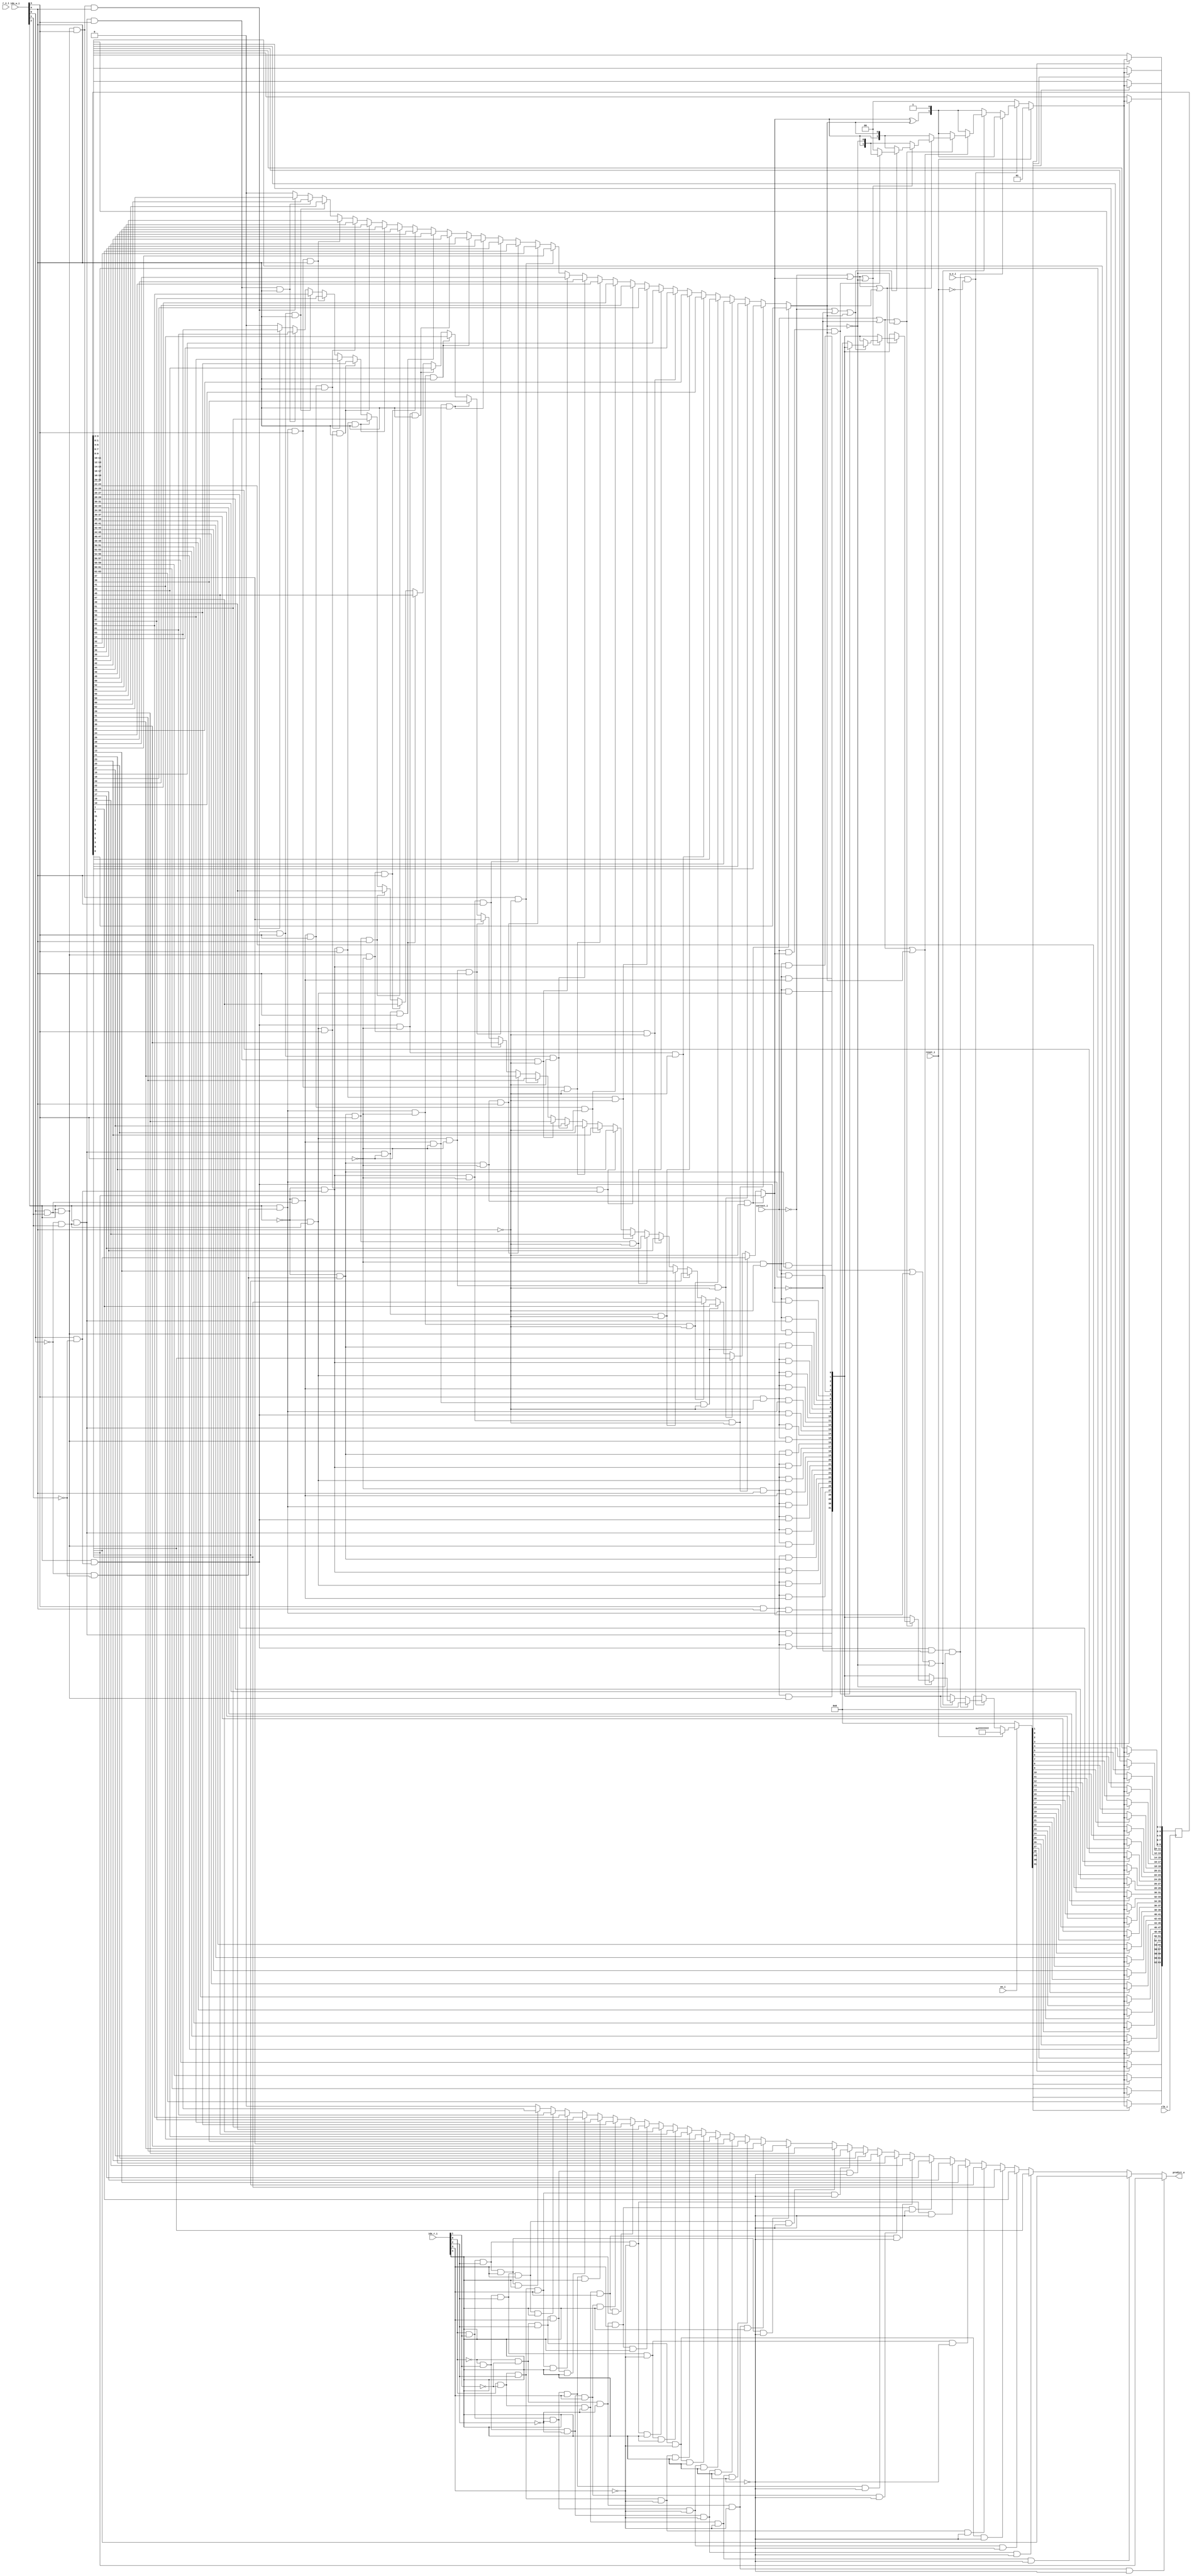
// This program was cloned from: https://github.com/NYU-MLDA/OpenABC
// License: BSD 3-Clause "New" or "Revised" License

module bp_fe_bht_bht_indx_width_p5
(
  clk_i,
  en_i,
  reset_i,
  idx_r_i,
  idx_w_i,
  r_v_i,
  w_v_i,
  correct_i,
  predict_o
);

  input [4:0] idx_r_i;
  input [4:0] idx_w_i;
  input clk_i;
  input en_i;
  input reset_i;
  input r_v_i;
  input w_v_i;
  input correct_i;
  output predict_o;
  wire predict_o,N0,N1,N2,N3,N4,N5,N6,N7,N8,N9,N10,N11,N12,N13,N14,N15,N16,N17,N18,N19,
  N20,N21,N22,N23,N24,N25,N26,N27,N28,N29,N30,N31,N32,N33,N34,N35,N36,N37,N38,N39,
  N40,N41,N42,N43,N44,N45,N46,N47,N48,N49,N50,N51,N52,N53,N54,N55,N56,N57,N58,N59,
  N60,N61,N62,N63,N64,N65,N66,N67,N68,N69,N70,N71,N72,N73,N74,N75,N76,N77,N78,N79,
  N80,N81,N82,N83,N84,N85,N86,N87,N88,N89,N90,N91,N92,N93,N94,N95,N96,N97,N98,N99,
  N100,N101,N102,N103,N104,N105,N106,N107,N108,N109,N110,N111,N112,N113,N114,N115,
  N116,N117,N118,N119,N120,N121,N122,N123,N124,N125,N126,N127,N128,N129,N130,N131,
  N132,N133,N134,N135,N136,N137,N138,N139,N140,N141,N142,N143,N144,N145,N146,N147,
  N148,N149,N150,N151,N152,N153,N154,N155,N156,N157,N158,N159,N160,N161,N162,N163,
  N164,N165,N166,N167,N168,N169,N170,N171,N172,N173,N174,N175,N176,N177,N178,N179,
  N180,N181,N182,N183,N184,N185,N186,N187,N188,N189,N190,N191,N192,N193,N194,N195,
  N196,N197,N198,N199,N200,N201,N202,N203,N204,N205,N206,N207,N208,N209,N210,N211,
  N212,N213,N214,N215,N216,N217,N218,N219,N220,N221,N222,N223,N224,N225,N226,N227,
  N228,N229,N230,N231,N232,N233,N234,N235,N236,N237,N238,N239,N240,N241,N242,N243,
  N244,N245,N246,N247,N248,N249,N250,N251,N252,N253,N254,N255,N256,N257,N258,N259,
  N260,N261,N262,N263,N264,N265,N266,N267,N268,N269,N270,N271,N272,N273,N274,N275,
  N276,N277,N278,N279,N280,N281,N282,N283,N284,N285,N286,N287,N288,N289,N290,N291,
  N292,N293,N294,N295,N296,N297,N298,N299,N300,N301,N302,N303,N304,N305,N306,N307,
  N308,N309,N310,N311,N312,N313,N314,N315,N316,N317,N318,N319,N320,N321,N322,N323,
  N324,N325,N326,N327,N328,N329,N330,N331,N332,N333,N334,N335,N336,N337,N338,N339,
  N340,N341,N342,N343,N344,N345,N346,N347,N348,N349,N350,N351,N352,N353,N354,N355,
  N356,N357,N358,N359,N360,N361,N362,N363,N364,N365,N366,N367,N368,N369,N370,N371,
  N372,N373,N374,N375,N376,N377,N378,N379,N380,N381,N382,N383,N384,N385,N386,N387,
  N388,N389,N390,N391,N392,N393,N394,N395,N396,N397,N398,N399,N400,N401,N402,N403,
  N404,N405,N406,N407,N408,N409,N410,N411,N412,N413;
  reg [63:0] mem;
  assign predict_o = (N52)? mem[1] :
                     (N54)? mem[3] :
                     (N56)? mem[5] :
                     (N58)? mem[7] :
                     (N60)? mem[9] :
                     (N62)? mem[11] :
                     (N64)? mem[13] :
                     (N66)? mem[15] :
                     (N68)? mem[17] :
                     (N70)? mem[19] :
                     (N72)? mem[21] :
                     (N74)? mem[23] :
                     (N76)? mem[25] :
                     (N78)? mem[27] :
                     (N80)? mem[29] :
                     (N82)? mem[31] :
                     (N53)? mem[33] :
                     (N55)? mem[35] :
                     (N57)? mem[37] :
                     (N59)? mem[39] :
                     (N61)? mem[41] :
                     (N63)? mem[43] :
                     (N65)? mem[45] :
                     (N67)? mem[47] :
                     (N69)? mem[49] :
                     (N71)? mem[51] :
                     (N73)? mem[53] :
                     (N75)? mem[55] :
                     (N77)? mem[57] :
                     (N79)? mem[59] :
                     (N81)? mem[61] :
                     (N83)? mem[63] : 1'b0;
  assign N87 = (N147)? mem[1] :
               (N148)? mem[3] :
               (N149)? mem[5] :
               (N150)? mem[7] :
               (N151)? mem[9] :
               (N152)? mem[11] :
               (N153)? mem[13] :
               (N154)? mem[15] :
               (N155)? mem[17] :
               (N156)? mem[19] :
               (N157)? mem[21] :
               (N158)? mem[23] :
               (N159)? mem[25] :
               (N160)? mem[27] :
               (N161)? mem[29] :
               (N162)? mem[31] :
               (N123)? mem[33] :
               (N125)? mem[35] :
               (N127)? mem[37] :
               (N129)? mem[39] :
               (N131)? mem[41] :
               (N133)? mem[43] :
               (N135)? mem[45] :
               (N137)? mem[47] :
               (N272)? mem[49] :
               (N274)? mem[51] :
               (N276)? mem[53] :
               (N278)? mem[55] :
               (N280)? mem[57] :
               (N282)? mem[59] :
               (N284)? mem[61] :
               (N286)? mem[63] : 1'b0;
  assign N88 = (N147)? mem[0] :
               (N148)? mem[2] :
               (N149)? mem[4] :
               (N150)? mem[6] :
               (N151)? mem[8] :
               (N152)? mem[10] :
               (N153)? mem[12] :
               (N154)? mem[14] :
               (N155)? mem[16] :
               (N156)? mem[18] :
               (N157)? mem[20] :
               (N158)? mem[22] :
               (N159)? mem[24] :
               (N160)? mem[26] :
               (N161)? mem[28] :
               (N162)? mem[30] :
               (N123)? mem[32] :
               (N125)? mem[34] :
               (N127)? mem[36] :
               (N129)? mem[38] :
               (N131)? mem[40] :
               (N133)? mem[42] :
               (N135)? mem[44] :
               (N137)? mem[46] :
               (N272)? mem[48] :
               (N274)? mem[50] :
               (N276)? mem[52] :
               (N278)? mem[54] :
               (N280)? mem[56] :
               (N282)? mem[58] :
               (N284)? mem[60] :
               (N286)? mem[62] : 1'b0;
  assign N92 = N89 & N90;
  assign N93 = N92 & N91;
  assign N94 = correct_i | N87;
  assign N95 = N94 | N91;
  assign N97 = correct_i | N90;
  assign N98 = N97 | N88;
  assign N100 = N97 | N91;
  assign N102 = N89 | N87;
  assign N103 = N102 | N88;
  assign N105 = N102 | N91;
  assign N107 = N89 | N90;
  assign N108 = N107 | N88;
  assign N110 = correct_i & N87;
  assign N111 = N110 & N88;
  assign N146 = (N122)? mem[1] :
                (N124)? mem[3] :
                (N126)? mem[5] :
                (N128)? mem[7] :
                (N130)? mem[9] :
                (N132)? mem[11] :
                (N134)? mem[13] :
                (N136)? mem[15] :
                (N138)? mem[17] :
                (N139)? mem[19] :
                (N140)? mem[21] :
                (N141)? mem[23] :
                (N142)? mem[25] :
                (N143)? mem[27] :
                (N144)? mem[29] :
                (N145)? mem[31] :
                (N123)? mem[33] :
                (N125)? mem[35] :
                (N127)? mem[37] :
                (N129)? mem[39] :
                (N131)? mem[41] :
                (N133)? mem[43] :
                (N135)? mem[45] :
                (N137)? mem[47] :
                (N272)? mem[49] :
                (N274)? mem[51] :
                (N276)? mem[53] :
                (N278)? mem[55] :
                (N280)? mem[57] :
                (N282)? mem[59] :
                (N284)? mem[61] :
                (N286)? mem[63] : 1'b0;
  assign N163 = (N147)? mem[0] :
                (N148)? mem[2] :
                (N149)? mem[4] :
                (N150)? mem[6] :
                (N151)? mem[8] :
                (N152)? mem[10] :
                (N153)? mem[12] :
                (N154)? mem[14] :
                (N155)? mem[16] :
                (N156)? mem[18] :
                (N157)? mem[20] :
                (N158)? mem[22] :
                (N159)? mem[24] :
                (N160)? mem[26] :
                (N161)? mem[28] :
                (N162)? mem[30] :
                (N123)? mem[32] :
                (N125)? mem[34] :
                (N127)? mem[36] :
                (N129)? mem[38] :
                (N131)? mem[40] :
                (N133)? mem[42] :
                (N135)? mem[44] :
                (N137)? mem[46] :
                (N272)? mem[48] :
                (N274)? mem[50] :
                (N276)? mem[52] :
                (N278)? mem[54] :
                (N280)? mem[56] :
                (N282)? mem[58] :
                (N284)? mem[60] :
                (N286)? mem[62] : 1'b0;
  assign N205 = (N197)? mem[1] :
                (N198)? mem[3] :
                (N199)? mem[5] :
                (N200)? mem[7] :
                (N201)? mem[9] :
                (N202)? mem[11] :
                (N203)? mem[13] :
                (N204)? mem[15] :
                (N155)? mem[17] :
                (N156)? mem[19] :
                (N157)? mem[21] :
                (N158)? mem[23] :
                (N159)? mem[25] :
                (N160)? mem[27] :
                (N161)? mem[29] :
                (N162)? mem[31] :
                (N256)? mem[33] :
                (N258)? mem[35] :
                (N260)? mem[37] :
                (N262)? mem[39] :
                (N264)? mem[41] :
                (N266)? mem[43] :
                (N268)? mem[45] :
                (N270)? mem[47] :
                (N272)? mem[49] :
                (N274)? mem[51] :
                (N276)? mem[53] :
                (N278)? mem[55] :
                (N280)? mem[57] :
                (N282)? mem[59] :
                (N284)? mem[61] :
                (N286)? mem[63] : 1'b0;
  assign N214 = (N206)? mem[0] :
                (N207)? mem[2] :
                (N208)? mem[4] :
                (N209)? mem[6] :
                (N210)? mem[8] :
                (N211)? mem[10] :
                (N212)? mem[12] :
                (N213)? mem[14] :
                (N138)? mem[16] :
                (N139)? mem[18] :
                (N140)? mem[20] :
                (N141)? mem[22] :
                (N142)? mem[24] :
                (N143)? mem[26] :
                (N144)? mem[28] :
                (N145)? mem[30] :
                (N256)? mem[32] :
                (N258)? mem[34] :
                (N260)? mem[36] :
                (N262)? mem[38] :
                (N264)? mem[40] :
                (N266)? mem[42] :
                (N268)? mem[44] :
                (N270)? mem[46] :
                (N272)? mem[48] :
                (N274)? mem[50] :
                (N276)? mem[52] :
                (N278)? mem[54] :
                (N280)? mem[56] :
                (N282)? mem[58] :
                (N284)? mem[60] :
                (N286)? mem[62] : 1'b0;
  assign N216 = (N206)? mem[1] :
                (N207)? mem[3] :
                (N208)? mem[5] :
                (N209)? mem[7] :
                (N210)? mem[9] :
                (N211)? mem[11] :
                (N212)? mem[13] :
                (N213)? mem[15] :
                (N138)? mem[17] :
                (N139)? mem[19] :
                (N140)? mem[21] :
                (N141)? mem[23] :
                (N142)? mem[25] :
                (N143)? mem[27] :
                (N144)? mem[29] :
                (N145)? mem[31] :
                (N256)? mem[33] :
                (N258)? mem[35] :
                (N260)? mem[37] :
                (N262)? mem[39] :
                (N264)? mem[41] :
                (N266)? mem[43] :
                (N268)? mem[45] :
                (N270)? mem[47] :
                (N272)? mem[49] :
                (N274)? mem[51] :
                (N276)? mem[53] :
                (N278)? mem[55] :
                (N280)? mem[57] :
                (N282)? mem[59] :
                (N284)? mem[61] :
                (N286)? mem[63] : 1'b0;
  assign N217 = (N206)? mem[0] :
                (N207)? mem[2] :
                (N208)? mem[4] :
                (N209)? mem[6] :
                (N210)? mem[8] :
                (N211)? mem[10] :
                (N212)? mem[12] :
                (N213)? mem[14] :
                (N138)? mem[16] :
                (N139)? mem[18] :
                (N140)? mem[20] :
                (N141)? mem[22] :
                (N142)? mem[24] :
                (N143)? mem[26] :
                (N144)? mem[28] :
                (N145)? mem[30] :
                (N256)? mem[32] :
                (N258)? mem[34] :
                (N260)? mem[36] :
                (N262)? mem[38] :
                (N264)? mem[40] :
                (N266)? mem[42] :
                (N268)? mem[44] :
                (N270)? mem[46] :
                (N272)? mem[48] :
                (N274)? mem[50] :
                (N276)? mem[52] :
                (N278)? mem[54] :
                (N280)? mem[56] :
                (N282)? mem[58] :
                (N284)? mem[60] :
                (N286)? mem[62] : 1'b0;
  assign N219 = (N206)? mem[1] :
                (N207)? mem[3] :
                (N208)? mem[5] :
                (N209)? mem[7] :
                (N210)? mem[9] :
                (N211)? mem[11] :
                (N212)? mem[13] :
                (N213)? mem[15] :
                (N138)? mem[17] :
                (N139)? mem[19] :
                (N140)? mem[21] :
                (N141)? mem[23] :
                (N142)? mem[25] :
                (N143)? mem[27] :
                (N144)? mem[29] :
                (N145)? mem[31] :
                (N256)? mem[33] :
                (N258)? mem[35] :
                (N260)? mem[37] :
                (N262)? mem[39] :
                (N264)? mem[41] :
                (N266)? mem[43] :
                (N268)? mem[45] :
                (N270)? mem[47] :
                (N272)? mem[49] :
                (N274)? mem[51] :
                (N276)? mem[53] :
                (N278)? mem[55] :
                (N280)? mem[57] :
                (N282)? mem[59] :
                (N284)? mem[61] :
                (N286)? mem[63] : 1'b0;
  assign N220 = (N206)? mem[0] :
                (N207)? mem[2] :
                (N208)? mem[4] :
                (N209)? mem[6] :
                (N210)? mem[8] :
                (N211)? mem[10] :
                (N212)? mem[12] :
                (N213)? mem[14] :
                (N138)? mem[16] :
                (N139)? mem[18] :
                (N140)? mem[20] :
                (N141)? mem[22] :
                (N142)? mem[24] :
                (N143)? mem[26] :
                (N144)? mem[28] :
                (N145)? mem[30] :
                (N256)? mem[32] :
                (N258)? mem[34] :
                (N260)? mem[36] :
                (N262)? mem[38] :
                (N264)? mem[40] :
                (N266)? mem[42] :
                (N268)? mem[44] :
                (N270)? mem[46] :
                (N272)? mem[48] :
                (N274)? mem[50] :
                (N276)? mem[52] :
                (N278)? mem[54] :
                (N280)? mem[56] :
                (N282)? mem[58] :
                (N284)? mem[60] :
                (N286)? mem[62] : 1'b0;
  assign N222 = (N255)? mem[1] :
                (N257)? mem[3] :
                (N259)? mem[5] :
                (N261)? mem[7] :
                (N263)? mem[9] :
                (N265)? mem[11] :
                (N267)? mem[13] :
                (N269)? mem[15] :
                (N271)? mem[17] :
                (N273)? mem[19] :
                (N275)? mem[21] :
                (N277)? mem[23] :
                (N279)? mem[25] :
                (N281)? mem[27] :
                (N283)? mem[29] :
                (N285)? mem[31] :
                (N256)? mem[33] :
                (N258)? mem[35] :
                (N260)? mem[37] :
                (N262)? mem[39] :
                (N264)? mem[41] :
                (N266)? mem[43] :
                (N268)? mem[45] :
                (N270)? mem[47] :
                (N272)? mem[49] :
                (N274)? mem[51] :
                (N276)? mem[53] :
                (N278)? mem[55] :
                (N280)? mem[57] :
                (N282)? mem[59] :
                (N284)? mem[61] :
                (N286)? mem[63] : 1'b0;
  assign N223 = (N255)? mem[0] :
                (N257)? mem[2] :
                (N259)? mem[4] :
                (N261)? mem[6] :
                (N263)? mem[8] :
                (N265)? mem[10] :
                (N267)? mem[12] :
                (N269)? mem[14] :
                (N271)? mem[16] :
                (N273)? mem[18] :
                (N275)? mem[20] :
                (N277)? mem[22] :
                (N279)? mem[24] :
                (N281)? mem[26] :
                (N283)? mem[28] :
                (N285)? mem[30] :
                (N256)? mem[32] :
                (N258)? mem[34] :
                (N260)? mem[36] :
                (N262)? mem[38] :
                (N264)? mem[40] :
                (N266)? mem[42] :
                (N268)? mem[44] :
                (N270)? mem[46] :
                (N272)? mem[48] :
                (N274)? mem[50] :
                (N276)? mem[52] :
                (N278)? mem[54] :
                (N280)? mem[56] :
                (N282)? mem[58] :
                (N284)? mem[60] :
                (N286)? mem[62] : 1'b0;
  assign N287 = (N255)? mem[1] :
                (N257)? mem[3] :
                (N259)? mem[5] :
                (N261)? mem[7] :
                (N263)? mem[9] :
                (N265)? mem[11] :
                (N267)? mem[13] :
                (N269)? mem[15] :
                (N271)? mem[17] :
                (N273)? mem[19] :
                (N275)? mem[21] :
                (N277)? mem[23] :
                (N279)? mem[25] :
                (N281)? mem[27] :
                (N283)? mem[29] :
                (N285)? mem[31] :
                (N256)? mem[33] :
                (N258)? mem[35] :
                (N260)? mem[37] :
                (N262)? mem[39] :
                (N264)? mem[41] :
                (N266)? mem[43] :
                (N268)? mem[45] :
                (N270)? mem[47] :
                (N272)? mem[49] :
                (N274)? mem[51] :
                (N276)? mem[53] :
                (N278)? mem[55] :
                (N280)? mem[57] :
                (N282)? mem[59] :
                (N284)? mem[61] :
                (N286)? mem[63] : 1'b0;
  assign N288 = (N255)? mem[0] :
                (N257)? mem[2] :
                (N259)? mem[4] :
                (N261)? mem[6] :
                (N263)? mem[8] :
                (N265)? mem[10] :
                (N267)? mem[12] :
                (N269)? mem[14] :
                (N271)? mem[16] :
                (N273)? mem[18] :
                (N275)? mem[20] :
                (N277)? mem[22] :
                (N279)? mem[24] :
                (N281)? mem[26] :
                (N283)? mem[28] :
                (N285)? mem[30] :
                (N256)? mem[32] :
                (N258)? mem[34] :
                (N260)? mem[36] :
                (N262)? mem[38] :
                (N264)? mem[40] :
                (N266)? mem[42] :
                (N268)? mem[44] :
                (N270)? mem[46] :
                (N272)? mem[48] :
                (N274)? mem[50] :
                (N276)? mem[52] :
                (N278)? mem[54] :
                (N280)? mem[56] :
                (N282)? mem[58] :
                (N284)? mem[60] :
                (N286)? mem[62] : 1'b0;
  assign N290 = (N255)? mem[1] :
                (N257)? mem[3] :
                (N259)? mem[5] :
                (N261)? mem[7] :
                (N263)? mem[9] :
                (N265)? mem[11] :
                (N267)? mem[13] :
                (N269)? mem[15] :
                (N271)? mem[17] :
                (N273)? mem[19] :
                (N275)? mem[21] :
                (N277)? mem[23] :
                (N279)? mem[25] :
                (N281)? mem[27] :
                (N283)? mem[29] :
                (N285)? mem[31] :
                (N256)? mem[33] :
                (N258)? mem[35] :
                (N260)? mem[37] :
                (N262)? mem[39] :
                (N264)? mem[41] :
                (N266)? mem[43] :
                (N268)? mem[45] :
                (N270)? mem[47] :
                (N272)? mem[49] :
                (N274)? mem[51] :
                (N276)? mem[53] :
                (N278)? mem[55] :
                (N280)? mem[57] :
                (N282)? mem[59] :
                (N284)? mem[61] :
                (N286)? mem[63] : 1'b0;
  assign N291 = (N255)? mem[0] :
                (N257)? mem[2] :
                (N259)? mem[4] :
                (N261)? mem[6] :
                (N263)? mem[8] :
                (N265)? mem[10] :
                (N267)? mem[12] :
                (N269)? mem[14] :
                (N271)? mem[16] :
                (N273)? mem[18] :
                (N275)? mem[20] :
                (N277)? mem[22] :
                (N279)? mem[24] :
                (N281)? mem[26] :
                (N283)? mem[28] :
                (N285)? mem[30] :
                (N256)? mem[32] :
                (N258)? mem[34] :
                (N260)? mem[36] :
                (N262)? mem[38] :
                (N264)? mem[40] :
                (N266)? mem[42] :
                (N268)? mem[44] :
                (N270)? mem[46] :
                (N272)? mem[48] :
                (N274)? mem[50] :
                (N276)? mem[52] :
                (N278)? mem[54] :
                (N280)? mem[56] :
                (N282)? mem[58] :
                (N284)? mem[60] :
                (N286)? mem[62] : 1'b0;
  assign N292 = (N255)? mem[1] :
                (N257)? mem[3] :
                (N259)? mem[5] :
                (N261)? mem[7] :
                (N263)? mem[9] :
                (N265)? mem[11] :
                (N267)? mem[13] :
                (N269)? mem[15] :
                (N271)? mem[17] :
                (N273)? mem[19] :
                (N275)? mem[21] :
                (N277)? mem[23] :
                (N279)? mem[25] :
                (N281)? mem[27] :
                (N283)? mem[29] :
                (N285)? mem[31] :
                (N256)? mem[33] :
                (N258)? mem[35] :
                (N260)? mem[37] :
                (N262)? mem[39] :
                (N264)? mem[41] :
                (N266)? mem[43] :
                (N268)? mem[45] :
                (N270)? mem[47] :
                (N272)? mem[49] :
                (N274)? mem[51] :
                (N276)? mem[53] :
                (N278)? mem[55] :
                (N280)? mem[57] :
                (N282)? mem[59] :
                (N284)? mem[61] :
                (N286)? mem[63] : 1'b0;
  assign N293 = (N255)? mem[0] :
                (N257)? mem[2] :
                (N259)? mem[4] :
                (N261)? mem[6] :
                (N263)? mem[8] :
                (N265)? mem[10] :
                (N267)? mem[12] :
                (N269)? mem[14] :
                (N271)? mem[16] :
                (N273)? mem[18] :
                (N275)? mem[20] :
                (N277)? mem[22] :
                (N279)? mem[24] :
                (N281)? mem[26] :
                (N283)? mem[28] :
                (N285)? mem[30] :
                (N256)? mem[32] :
                (N258)? mem[34] :
                (N260)? mem[36] :
                (N262)? mem[38] :
                (N264)? mem[40] :
                (N266)? mem[42] :
                (N268)? mem[44] :
                (N270)? mem[46] :
                (N272)? mem[48] :
                (N274)? mem[50] :
                (N276)? mem[52] :
                (N278)? mem[54] :
                (N280)? mem[56] :
                (N282)? mem[58] :
                (N284)? mem[60] :
                (N286)? mem[62] : 1'b0;
  assign N397 = idx_w_i[3] & idx_w_i[4];
  assign N398 = N0 & idx_w_i[4];
  assign N0 = ~idx_w_i[3];
  assign N399 = idx_w_i[3] & N1;
  assign N1 = ~idx_w_i[4];
  assign N400 = N2 & N3;
  assign N2 = ~idx_w_i[3];
  assign N3 = ~idx_w_i[4];
  assign N401 = ~idx_w_i[2];
  assign N402 = idx_w_i[0] & idx_w_i[1];
  assign N403 = N4 & idx_w_i[1];
  assign N4 = ~idx_w_i[0];
  assign N404 = idx_w_i[0] & N5;
  assign N5 = ~idx_w_i[1];
  assign N405 = N6 & N7;
  assign N6 = ~idx_w_i[0];
  assign N7 = ~idx_w_i[1];
  assign N406 = idx_w_i[2] & N402;
  assign N407 = idx_w_i[2] & N403;
  assign N408 = idx_w_i[2] & N404;
  assign N409 = idx_w_i[2] & N405;
  assign N410 = N401 & N402;
  assign N411 = N401 & N403;
  assign N412 = N401 & N404;
  assign N413 = N401 & N405;
  assign N195 = N397 & N406;
  assign N194 = N397 & N407;
  assign N193 = N397 & N408;
  assign N192 = N397 & N409;
  assign N191 = N397 & N410;
  assign N190 = N397 & N411;
  assign N189 = N397 & N412;
  assign N188 = N397 & N413;
  assign N187 = N398 & N406;
  assign N186 = N398 & N407;
  assign N185 = N398 & N408;
  assign N184 = N398 & N409;
  assign N183 = N398 & N410;
  assign N182 = N398 & N411;
  assign N181 = N398 & N412;
  assign N180 = N398 & N413;
  assign N179 = N399 & N406;
  assign N178 = N399 & N407;
  assign N177 = N399 & N408;
  assign N176 = N399 & N409;
  assign N175 = N399 & N410;
  assign N174 = N399 & N411;
  assign N173 = N399 & N412;
  assign N172 = N399 & N413;
  assign N171 = N400 & N406;
  assign N170 = N400 & N407;
  assign N169 = N400 & N408;
  assign N168 = N400 & N409;
  assign N167 = N400 & N410;
  assign N166 = N400 & N411;
  assign N165 = N400 & N412;
  assign N164 = N400 & N413;
  assign { N328, N327, N326, N325, N324, N323, N322, N321, N320, N319, N318, N317, N316, N315, N314, N313, N312, N311, N310, N309, N308, N307, N306, N305, N304, N303, N302, N301, N300, N299, N298, N295 } = (N8)? { N195, N194, N193, N192, N191, N190, N189, N188, N187, N186, N185, N184, N183, N182, N181, N180, N179, N178, N177, N176, N175, N174, N173, N172, N171, N170, N169, N168, N167, N166, N165, N164 } :
                                                                                                                                                                                                              (N9)? { N195, N194, N193, N192, N191, N190, N189, N188, N187, N186, N185, N184, N183, N182, N181, N180, N179, N178, N177, N176, N175, N174, N173, N172, N171, N170, N169, N168, N167, N166, N165, N164 } :
                                                                                                                                                                                                              (N10)? { N195, N194, N193, N192, N191, N190, N189, N188, N187, N186, N185, N184, N183, N182, N181, N180, N179, N178, N177, N176, N175, N174, N173, N172, N171, N170, N169, N168, N167, N166, N165, N164 } :
                                                                                                                                                                                                              (N11)? { N195, N194, N193, N192, N191, N190, N189, N188, N187, N186, N185, N184, N183, N182, N181, N180, N179, N178, N177, N176, N175, N174, N173, N172, N171, N170, N169, N168, N167, N166, N165, N164 } :
                                                                                                                                                                                                              (N12)? { N195, N194, N193, N192, N191, N190, N189, N188, N187, N186, N185, N184, N183, N182, N181, N180, N179, N178, N177, N176, N175, N174, N173, N172, N171, N170, N169, N168, N167, N166, N165, N164 } :
                                                                                                                                                                                                              (N13)? { N195, N194, N193, N192, N191, N190, N189, N188, N187, N186, N185, N184, N183, N182, N181, N180, N179, N178, N177, N176, N175, N174, N173, N172, N171, N170, N169, N168, N167, N166, N165, N164 } :
                                                                                                                                                                                                              (N14)? { N195, N194, N193, N192, N191, N190, N189, N188, N187, N186, N185, N184, N183, N182, N181, N180, N179, N178, N177, N176, N175, N174, N173, N172, N171, N170, N169, N168, N167, N166, N165, N164 } :
                                                                                                                                                                                                              (N15)? { N195, N194, N193, N192, N191, N190, N189, N188, N187, N186, N185, N184, N183, N182, N181, N180, N179, N178, N177, N176, N175, N174, N173, N172, N171, N170, N169, N168, N167, N166, N165, N164 } : 1'b0;
  assign N8 = N93;
  assign N9 = N96;
  assign N10 = N99;
  assign N11 = N101;
  assign N12 = N104;
  assign N13 = N106;
  assign N14 = N109;
  assign N15 = N111;
  assign { N297, N296 } = (N8)? { N196, 1'b1 } :
                          (N9)? { N215, 1'b1 } :
                          (N10)? { N218, 1'b1 } :
                          (N11)? { N221, 1'b1 } :
                          (N12)? { N222, N223 } :
                          (N13)? { N287, N289 } :
                          (N14)? { N290, N291 } :
                          (N15)? { N292, N294 } : 1'b0;
  assign { N362, N361, N360, N359, N358, N357, N356, N355, N354, N353, N352, N351, N350, N349, N348, N347, N346, N345, N344, N343, N342, N341, N340, N339, N338, N337, N336, N335, N334, N333, N332, N329 } = (N16)? { 1'b1, 1'b1, 1'b1, 1'b1, 1'b1, 1'b1, 1'b1, 1'b1, 1'b1, 1'b1, 1'b1, 1'b1, 1'b1, 1'b1, 1'b1, 1'b1, 1'b1, 1'b1, 1'b1, 1'b1, 1'b1, 1'b1, 1'b1, 1'b1, 1'b1, 1'b1, 1'b1, 1'b1, 1'b1, 1'b1, 1'b1, 1'b1 } :
                                                                                                                                                                                                              (N396)? { N328, N327, N326, N325, N324, N323, N322, N321, N320, N319, N318, N317, N316, N315, N314, N313, N312, N311, N310, N309, N308, N307, N306, N305, N304, N303, N302, N301, N300, N299, N298, N295 } :
                                                                                                                                                                                                              (N86)? { 1'b0, 1'b0, 1'b0, 1'b0, 1'b0, 1'b0, 1'b0, 1'b0, 1'b0, 1'b0, 1'b0, 1'b0, 1'b0, 1'b0, 1'b0, 1'b0, 1'b0, 1'b0, 1'b0, 1'b0, 1'b0, 1'b0, 1'b0, 1'b0, 1'b0, 1'b0, 1'b0, 1'b0, 1'b0, 1'b0, 1'b0, 1'b0 } : 1'b0;
  assign N16 = reset_i;
  assign { N331, N330 } = (N16)? { 1'b0, 1'b1 } :
                          (N396)? { N297, N296 } : 1'b0;
  assign { N394, N393, N392, N391, N390, N389, N388, N387, N386, N385, N384, N383, N382, N381, N380, N379, N378, N377, N376, N375, N374, N373, N372, N371, N370, N369, N368, N367, N366, N365, N364, N363 } = (N17)? { N362, N361, N360, N359, N358, N357, N356, N355, N354, N353, N352, N351, N350, N349, N348, N347, N346, N345, N344, N343, N342, N341, N340, N339, N338, N337, N336, N335, N334, N333, N332, N329 } :
                                                                                                                                                                                                              (N18)? { 1'b0, 1'b0, 1'b0, 1'b0, 1'b0, 1'b0, 1'b0, 1'b0, 1'b0, 1'b0, 1'b0, 1'b0, 1'b0, 1'b0, 1'b0, 1'b0, 1'b0, 1'b0, 1'b0, 1'b0, 1'b0, 1'b0, 1'b0, 1'b0, 1'b0, 1'b0, 1'b0, 1'b0, 1'b0, 1'b0, 1'b0, 1'b0 } : 1'b0;
  assign N17 = en_i;
  assign N18 = N84;
  assign N19 = ~idx_r_i[0];
  assign N20 = ~idx_r_i[1];
  assign N21 = N19 & N20;
  assign N22 = N19 & idx_r_i[1];
  assign N23 = idx_r_i[0] & N20;
  assign N24 = idx_r_i[0] & idx_r_i[1];
  assign N25 = ~idx_r_i[2];
  assign N26 = N21 & N25;
  assign N27 = N21 & idx_r_i[2];
  assign N28 = N23 & N25;
  assign N29 = N23 & idx_r_i[2];
  assign N30 = N22 & N25;
  assign N31 = N22 & idx_r_i[2];
  assign N32 = N24 & N25;
  assign N33 = N24 & idx_r_i[2];
  assign N34 = ~idx_r_i[3];
  assign N35 = N26 & N34;
  assign N36 = N26 & idx_r_i[3];
  assign N37 = N28 & N34;
  assign N38 = N28 & idx_r_i[3];
  assign N39 = N30 & N34;
  assign N40 = N30 & idx_r_i[3];
  assign N41 = N32 & N34;
  assign N42 = N32 & idx_r_i[3];
  assign N43 = N27 & N34;
  assign N44 = N27 & idx_r_i[3];
  assign N45 = N29 & N34;
  assign N46 = N29 & idx_r_i[3];
  assign N47 = N31 & N34;
  assign N48 = N31 & idx_r_i[3];
  assign N49 = N33 & N34;
  assign N50 = N33 & idx_r_i[3];
  assign N51 = ~idx_r_i[4];
  assign N52 = N35 & N51;
  assign N53 = N35 & idx_r_i[4];
  assign N54 = N37 & N51;
  assign N55 = N37 & idx_r_i[4];
  assign N56 = N39 & N51;
  assign N57 = N39 & idx_r_i[4];
  assign N58 = N41 & N51;
  assign N59 = N41 & idx_r_i[4];
  assign N60 = N43 & N51;
  assign N61 = N43 & idx_r_i[4];
  assign N62 = N45 & N51;
  assign N63 = N45 & idx_r_i[4];
  assign N64 = N47 & N51;
  assign N65 = N47 & idx_r_i[4];
  assign N66 = N49 & N51;
  assign N67 = N49 & idx_r_i[4];
  assign N68 = N36 & N51;
  assign N69 = N36 & idx_r_i[4];
  assign N70 = N38 & N51;
  assign N71 = N38 & idx_r_i[4];
  assign N72 = N40 & N51;
  assign N73 = N40 & idx_r_i[4];
  assign N74 = N42 & N51;
  assign N75 = N42 & idx_r_i[4];
  assign N76 = N44 & N51;
  assign N77 = N44 & idx_r_i[4];
  assign N78 = N46 & N51;
  assign N79 = N46 & idx_r_i[4];
  assign N80 = N48 & N51;
  assign N81 = N48 & idx_r_i[4];
  assign N82 = N50 & N51;
  assign N83 = N50 & idx_r_i[4];
  assign N84 = ~en_i;
  assign N85 = w_v_i | reset_i;
  assign N86 = ~N85;
  assign N89 = ~correct_i;
  assign N90 = ~N87;
  assign N91 = ~N88;
  assign N96 = ~N95;
  assign N99 = ~N98;
  assign N101 = ~N100;
  assign N104 = ~N103;
  assign N106 = ~N105;
  assign N109 = ~N108;
  assign N112 = ~idx_w_i[3];
  assign N113 = N231 & N112;
  assign N114 = N233 & N112;
  assign N115 = N235 & N112;
  assign N116 = N237 & N112;
  assign N117 = N232 & N112;
  assign N118 = N234 & N112;
  assign N119 = N236 & N112;
  assign N120 = N238 & N112;
  assign N121 = ~idx_w_i[4];
  assign N122 = N113 & N121;
  assign N123 = N113 & idx_w_i[4];
  assign N124 = N114 & N121;
  assign N125 = N114 & idx_w_i[4];
  assign N126 = N115 & N121;
  assign N127 = N115 & idx_w_i[4];
  assign N128 = N116 & N121;
  assign N129 = N116 & idx_w_i[4];
  assign N130 = N117 & N121;
  assign N131 = N117 & idx_w_i[4];
  assign N132 = N118 & N121;
  assign N133 = N118 & idx_w_i[4];
  assign N134 = N119 & N121;
  assign N135 = N119 & idx_w_i[4];
  assign N136 = N120 & N121;
  assign N137 = N120 & idx_w_i[4];
  assign N138 = N240 & N121;
  assign N139 = N242 & N121;
  assign N140 = N244 & N121;
  assign N141 = N246 & N121;
  assign N142 = N248 & N121;
  assign N143 = N250 & N121;
  assign N144 = N252 & N121;
  assign N145 = N254 & N121;
  assign N147 = N113 & N121;
  assign N148 = N114 & N121;
  assign N149 = N115 & N121;
  assign N150 = N116 & N121;
  assign N151 = N117 & N121;
  assign N152 = N118 & N121;
  assign N153 = N119 & N121;
  assign N154 = N120 & N121;
  assign N155 = N240 & N121;
  assign N156 = N242 & N121;
  assign N157 = N244 & N121;
  assign N158 = N246 & N121;
  assign N159 = N248 & N121;
  assign N160 = N250 & N121;
  assign N161 = N252 & N121;
  assign N162 = N254 & N121;
  assign N196 = N146 ^ N163;
  assign N197 = N239 & N121;
  assign N198 = N241 & N121;
  assign N199 = N243 & N121;
  assign N200 = N245 & N121;
  assign N201 = N247 & N121;
  assign N202 = N249 & N121;
  assign N203 = N251 & N121;
  assign N204 = N253 & N121;
  assign N206 = N239 & N121;
  assign N207 = N241 & N121;
  assign N208 = N243 & N121;
  assign N209 = N245 & N121;
  assign N210 = N247 & N121;
  assign N211 = N249 & N121;
  assign N212 = N251 & N121;
  assign N213 = N253 & N121;
  assign N215 = N205 ^ N214;
  assign N218 = N216 ^ N217;
  assign N221 = N219 ^ N220;
  assign N224 = ~idx_w_i[0];
  assign N225 = ~idx_w_i[1];
  assign N226 = N224 & N225;
  assign N227 = N224 & idx_w_i[1];
  assign N228 = idx_w_i[0] & N225;
  assign N229 = idx_w_i[0] & idx_w_i[1];
  assign N230 = ~idx_w_i[2];
  assign N231 = N226 & N230;
  assign N232 = N226 & idx_w_i[2];
  assign N233 = N228 & N230;
  assign N234 = N228 & idx_w_i[2];
  assign N235 = N227 & N230;
  assign N236 = N227 & idx_w_i[2];
  assign N237 = N229 & N230;
  assign N238 = N229 & idx_w_i[2];
  assign N239 = N231 & N112;
  assign N240 = N231 & idx_w_i[3];
  assign N241 = N233 & N112;
  assign N242 = N233 & idx_w_i[3];
  assign N243 = N235 & N112;
  assign N244 = N235 & idx_w_i[3];
  assign N245 = N237 & N112;
  assign N246 = N237 & idx_w_i[3];
  assign N247 = N232 & N112;
  assign N248 = N232 & idx_w_i[3];
  assign N249 = N234 & N112;
  assign N250 = N234 & idx_w_i[3];
  assign N251 = N236 & N112;
  assign N252 = N236 & idx_w_i[3];
  assign N253 = N238 & N112;
  assign N254 = N238 & idx_w_i[3];
  assign N255 = N239 & N121;
  assign N256 = N239 & idx_w_i[4];
  assign N257 = N241 & N121;
  assign N258 = N241 & idx_w_i[4];
  assign N259 = N243 & N121;
  assign N260 = N243 & idx_w_i[4];
  assign N261 = N245 & N121;
  assign N262 = N245 & idx_w_i[4];
  assign N263 = N247 & N121;
  assign N264 = N247 & idx_w_i[4];
  assign N265 = N249 & N121;
  assign N266 = N249 & idx_w_i[4];
  assign N267 = N251 & N121;
  assign N268 = N251 & idx_w_i[4];
  assign N269 = N253 & N121;
  assign N270 = N253 & idx_w_i[4];
  assign N271 = N240 & N121;
  assign N272 = N240 & idx_w_i[4];
  assign N273 = N242 & N121;
  assign N274 = N242 & idx_w_i[4];
  assign N275 = N244 & N121;
  assign N276 = N244 & idx_w_i[4];
  assign N277 = N246 & N121;
  assign N278 = N246 & idx_w_i[4];
  assign N279 = N248 & N121;
  assign N280 = N248 & idx_w_i[4];
  assign N281 = N250 & N121;
  assign N282 = N250 & idx_w_i[4];
  assign N283 = N252 & N121;
  assign N284 = N252 & idx_w_i[4];
  assign N285 = N254 & N121;
  assign N286 = N254 & idx_w_i[4];
  assign N289 = ~N288;
  assign N294 = ~N293;
  assign N395 = ~reset_i;
  assign N396 = w_v_i & N395;

  always @(posedge clk_i) begin
    if(N394) begin
      { mem[63:62] } <= { N331, N330 };
    end
    if(N393) begin
      { mem[61:60] } <= { N331, N330 };
    end
    if(N392) begin
      { mem[59:58] } <= { N331, N330 };
    end
    if(N391) begin
      { mem[57:56] } <= { N331, N330 };
    end
    if(N390) begin
      { mem[55:54] } <= { N331, N330 };
    end
    if(N389) begin
      { mem[53:52] } <= { N331, N330 };
    end
    if(N388) begin
      { mem[51:50] } <= { N331, N330 };
    end
    if(N387) begin
      { mem[49:48] } <= { N331, N330 };
    end
    if(N386) begin
      { mem[47:46] } <= { N331, N330 };
    end
    if(N385) begin
      { mem[45:44] } <= { N331, N330 };
    end
    if(N384) begin
      { mem[43:42] } <= { N331, N330 };
    end
    if(N383) begin
      { mem[41:40] } <= { N331, N330 };
    end
    if(N382) begin
      { mem[39:38] } <= { N331, N330 };
    end
    if(N381) begin
      { mem[37:36] } <= { N331, N330 };
    end
    if(N380) begin
      { mem[35:34] } <= { N331, N330 };
    end
    if(N379) begin
      { mem[33:32] } <= { N331, N330 };
    end
    if(N378) begin
      { mem[31:30] } <= { N331, N330 };
    end
    if(N377) begin
      { mem[29:28] } <= { N331, N330 };
    end
    if(N376) begin
      { mem[27:26] } <= { N331, N330 };
    end
    if(N375) begin
      { mem[25:24] } <= { N331, N330 };
    end
    if(N374) begin
      { mem[23:22] } <= { N331, N330 };
    end
    if(N373) begin
      { mem[21:20] } <= { N331, N330 };
    end
    if(N372) begin
      { mem[19:18] } <= { N331, N330 };
    end
    if(N371) begin
      { mem[17:16] } <= { N331, N330 };
    end
    if(N370) begin
      { mem[15:14] } <= { N331, N330 };
    end
    if(N369) begin
      { mem[13:12] } <= { N331, N330 };
    end
    if(N368) begin
      { mem[11:10] } <= { N331, N330 };
    end
    if(N367) begin
      { mem[9:8] } <= { N331, N330 };
    end
    if(N366) begin
      { mem[7:6] } <= { N331, N330 };
    end
    if(N365) begin
      { mem[5:4] } <= { N331, N330 };
    end
    if(N364) begin
      { mem[3:2] } <= { N331, N330 };
    end
    if(N363) begin
      { mem[1:0] } <= { N331, N330 };
    end
  end


endmodule